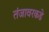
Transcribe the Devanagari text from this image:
तंजावरकडे